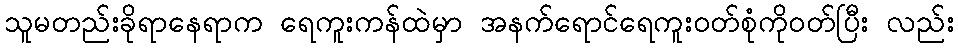
သူမတည်းခိုရာနေရာက ရေကူးကန်ထဲမှာ အနက်ရောင်ရေကူးဝတ်စုံကိုဝတ်ပြီး လည်း